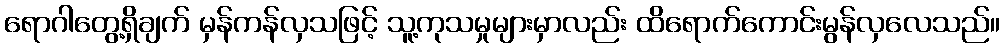
ရောဂါတွေ့ရှိချက် မှန်ကန်လှသဖြင့် သူ့ကုသမှုများမှာလည်း ထိရောက်ကောင်းမွန်လှလေသည်။